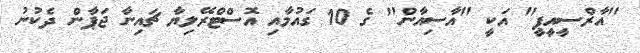
"އާރްސީއީޕީ" އަކީ "އާސިއާން" ގެ 10 ގައުމާއި އޮސްޓްރޭލިޔާ ޗައިނާ ޖަޕާން ދެކުނު